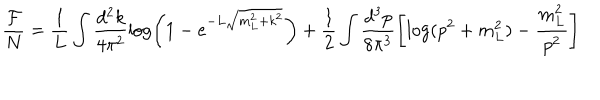
LaTeX: \frac { { \cal F } } { N } = \frac { 1 } { L } \int \frac { d ^ { 2 } k } { 4 \pi ^ { 2 } } \log \left( 1 - e ^ { - L \sqrt { m _ { L } ^ { 2 } + k ^ { 2 } } } \right) + \frac { 1 } { 2 } \int \frac { d ^ { 3 } p } { 8 \pi ^ { 3 } } \left[ \log ( p ^ { 2 } + m _ { L } ^ { 2 } ) - \frac { m _ { L } ^ { 2 } } { p ^ { 2 } } \right]